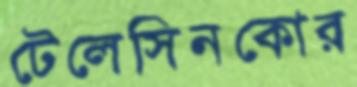
টেলেসিনকোর